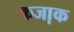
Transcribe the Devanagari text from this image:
कजा़क